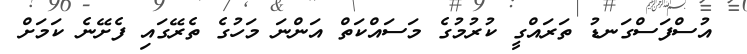
އުސްފަސްގަނޑު ތަރައްގީ ކުރުމުގެ މަސައްކަތް އަންނަ މަހުގެ ތެރޭގައި ފެށޭނެ ކަމަށް